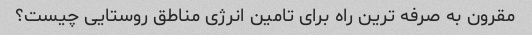
مقرون به صرفه ترین راه برای تامین انرژی مناطق روستایی چیست؟